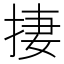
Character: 捿